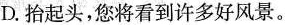
D.抬起头，您将看到许多好风景。